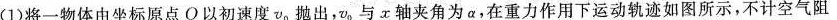
(1)将一物体由坐标原点O以初速度v，抛出，v_{0|与x轴夹角为α，在重力作用下运动轨迹如图所示，不计空气阻